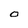
Character: O